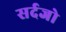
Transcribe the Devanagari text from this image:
सर्दजो